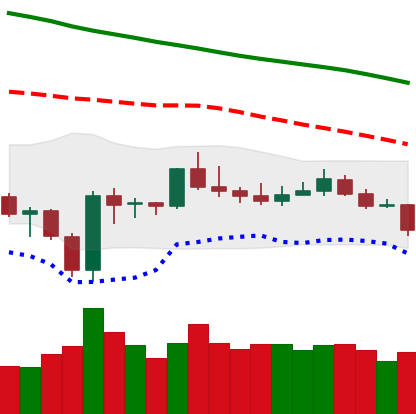
Ticker: BTC-USD
Chart end date: 2020-01-02
Forward return: 16.867%
Label: up_7plus